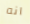
انه